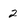
Character: 2